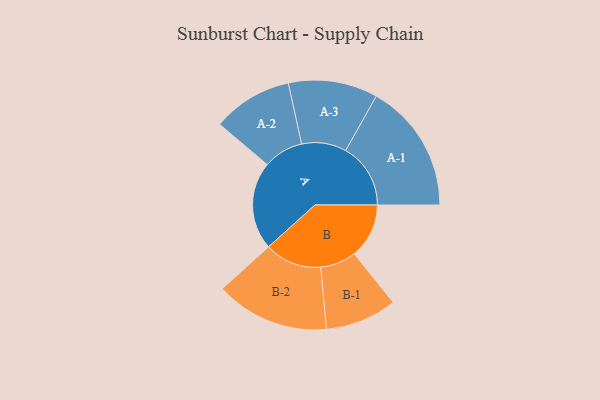
{"axis": {"x": "Segment", "y": "Value"}, "legend": ["", "A", "B"], "data": [{"x": "A", "y": 400, "type": ""}, {"x": "B", "y": 249, "type": ""}, {"x": "A-1", "y": 295, "type": "A"}, {"x": "A-2", "y": 182, "type": "A"}, {"x": "A-3", "y": 203, "type": "A"}, {"x": "B-1", "y": 163, "type": "B"}, {"x": "B-2", "y": 259, "type": "B"}]}